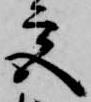
宮